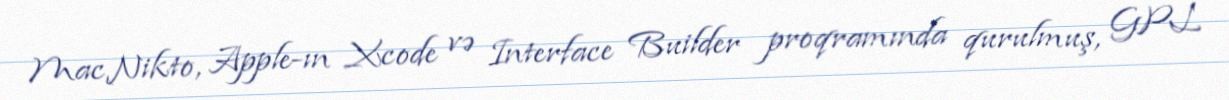
MacNikto, Apple-ın Xcode və Interface Builder proqramında qurulmuş, GPL